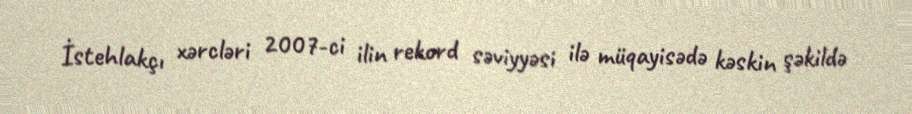
İstehlakçı xərcləri 2007-ci ilin rekord səviyyəsi ilə müqayisədə kəskin şəkildə